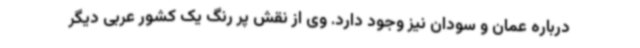
درباره عمان و سودان نیز وجود دارد. وی از نقش پر رنگ یک کشور عربی دیگر